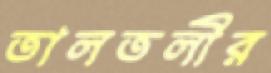
তালতলীর